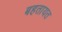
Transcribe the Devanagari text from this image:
बहतायत